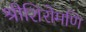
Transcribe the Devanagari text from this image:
श्रीशिरोमणि